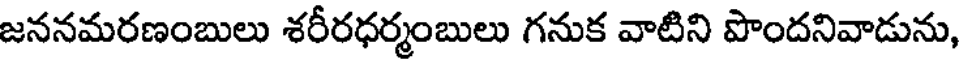
జననమరణంబులు శరీరధర్మంబులు గనుక వాటిని పొందనివాడును,